Insane asylums Bombay 1873-77 - 1873-1877
Year: 1873
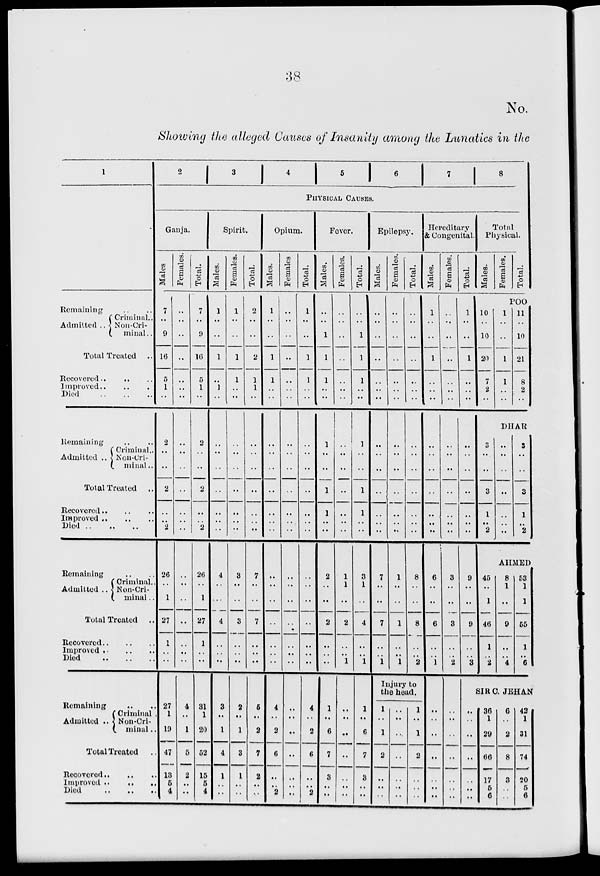
38
No.
Showing the alleged Causes of Insanity among the Lunatics in the
1
Remaining .. ..
Admitted ..
Criminal ..
Non-Cri-
minal..
Total Treated ..
Recovered .. .. ..
Improved ..
.. ..
Died
..
..
..
Remaining .. ..
Admitted ..
Criminal ..
Non-Cri-
minal ..
Total Treated
..
Recovered .. .. ..
Improved .. .. ..
Died ..
..
..
Remaining .. ..
Admitted ..
Criminal ..
Non-Cri-
minal ..
Total Treated
..
Recovered
..
..
..
Improved .. .. ..
Died
..
..
..
Remaining .. ..
Admitted ..
Criminal ..
Non-Cri-
minal ..
Total Treated ..
Recovered .. .. ..
Improved .. ..
..
Died
.. .. ..
2
3
4
5
6
7
8
PHYSICAL CAUSES.
Ganja.
Males
7
..
9
16
5
1
..
2
..
..
2
..
..
2
26
..
1
27
1
..
..
27
1
19
47
13
5
4
Females.
..
..
..
..
..
..
..
..
..
..
..
..
..
..
..
..
..
..
..
..
..
4
..
1
5
2
..
..
Total.
7
..
9
16
5
1
..
2
..
..
2
..
..
2
26
..
1
27
1
..
..
31
1
20
52
15
5
4
Spirit.
Males.
1
..
..
1
..
1
..
..
..
..
..
..
..
..
4
..
..
4
..
..
..
3
..
1
4
1
..
..
Females.
1
..
..
1
1
..
..
..
..
..
..
..
..
..
3
..
..
3
..
..
..
2
..
1
3
1
..
..
Total.
2
..
..
2
1
1
..
..
..
..
..
..
..
..
7
..
..
7
..
..
..
5
..
2
7
2
..
..
Opium.
Males.
1
..
..
1
1
..
..
..
..
..
..
..
..
..
..
..
..
..
..
..
..
4
..
2
6
..
..
2
Females
..
..
..
..
..
..
..
..
..
..
..
..
..
..
..
..
..
..
..
..
..
..
..
..
..
..
..
..
Total.
1
..
..
1
1
..
..
..
..
..
..
..
..
..
..
..
..
..
..
..
..
4
..
2
6
..
..
2
Fever.
Males.
..
..
1
1
1
..
..
1
..
..
1
1
..
..
2
..
..
2
..
..
..
1
..
6
7
3
..
..
Females.
..
..
..
..
..
..
..
..
..
..
..
..
..
..
1
1
..
2
..
..
1
..
..
..
..
..
..
..
Total.
..
..
1
1
1
..
..
1
..
..
1
1
..
..
3
1
..
4
..
..
1
1
..
6
7
3
..
..
Epilepsy.
Males.
..
..
..
..
..
..
..
..
..
..
..
..
..
..
7
..
..
7
..
..
1
Females.
..
..
..
..
..
..
..
..
..
..
..
..
..
..
1
..
..
1
..
..
1
Total.
..
..
..
..
..
..
..
..
..
..
..
..
..
..
..
8
..
..
8
..
..
2
Injury to
the head.
1
..
1
2
..
..
..
..
..
..
..
..
..
..
1
..
1
2
..
..
..
Hereditary
& Congenital.
Males.
1
..
..
1
..
..
..
..
..
..
..
..
..
..
6
..
..
6
..
..
1
..
..
..
..
..
..
..
Females.
..
..
..
..
..
..
..
..
..
..
..
..
..
..
3
..
..
3
..
..
2
..
..
..
..
..
..
..
Total.
1
..
..
1
..
..
..
..
..
..
..
..
..
..
9
..
..
9
..
..
3
Total
Physical.
Males.
Females.
Total.
POO
10
..
10
20
7
2
..
1
..
..
1
1
..
..
11
..
10
21
8
2
..
DHAR
3
..
..
3
1
..
2
..
..
..
..
..
..
..
3
..
..
3
1
..
2
AHMED
45
..
1
46
1
..
2
8
1
..
9
..
..
4
53
1
1
55
1
..
6
SIR C. JEHAN
..
..
..
..
..
..
..
36
1
29
66
17
5
6
6
..
2
8
3
..
..
42
1
31
74
20
5
6